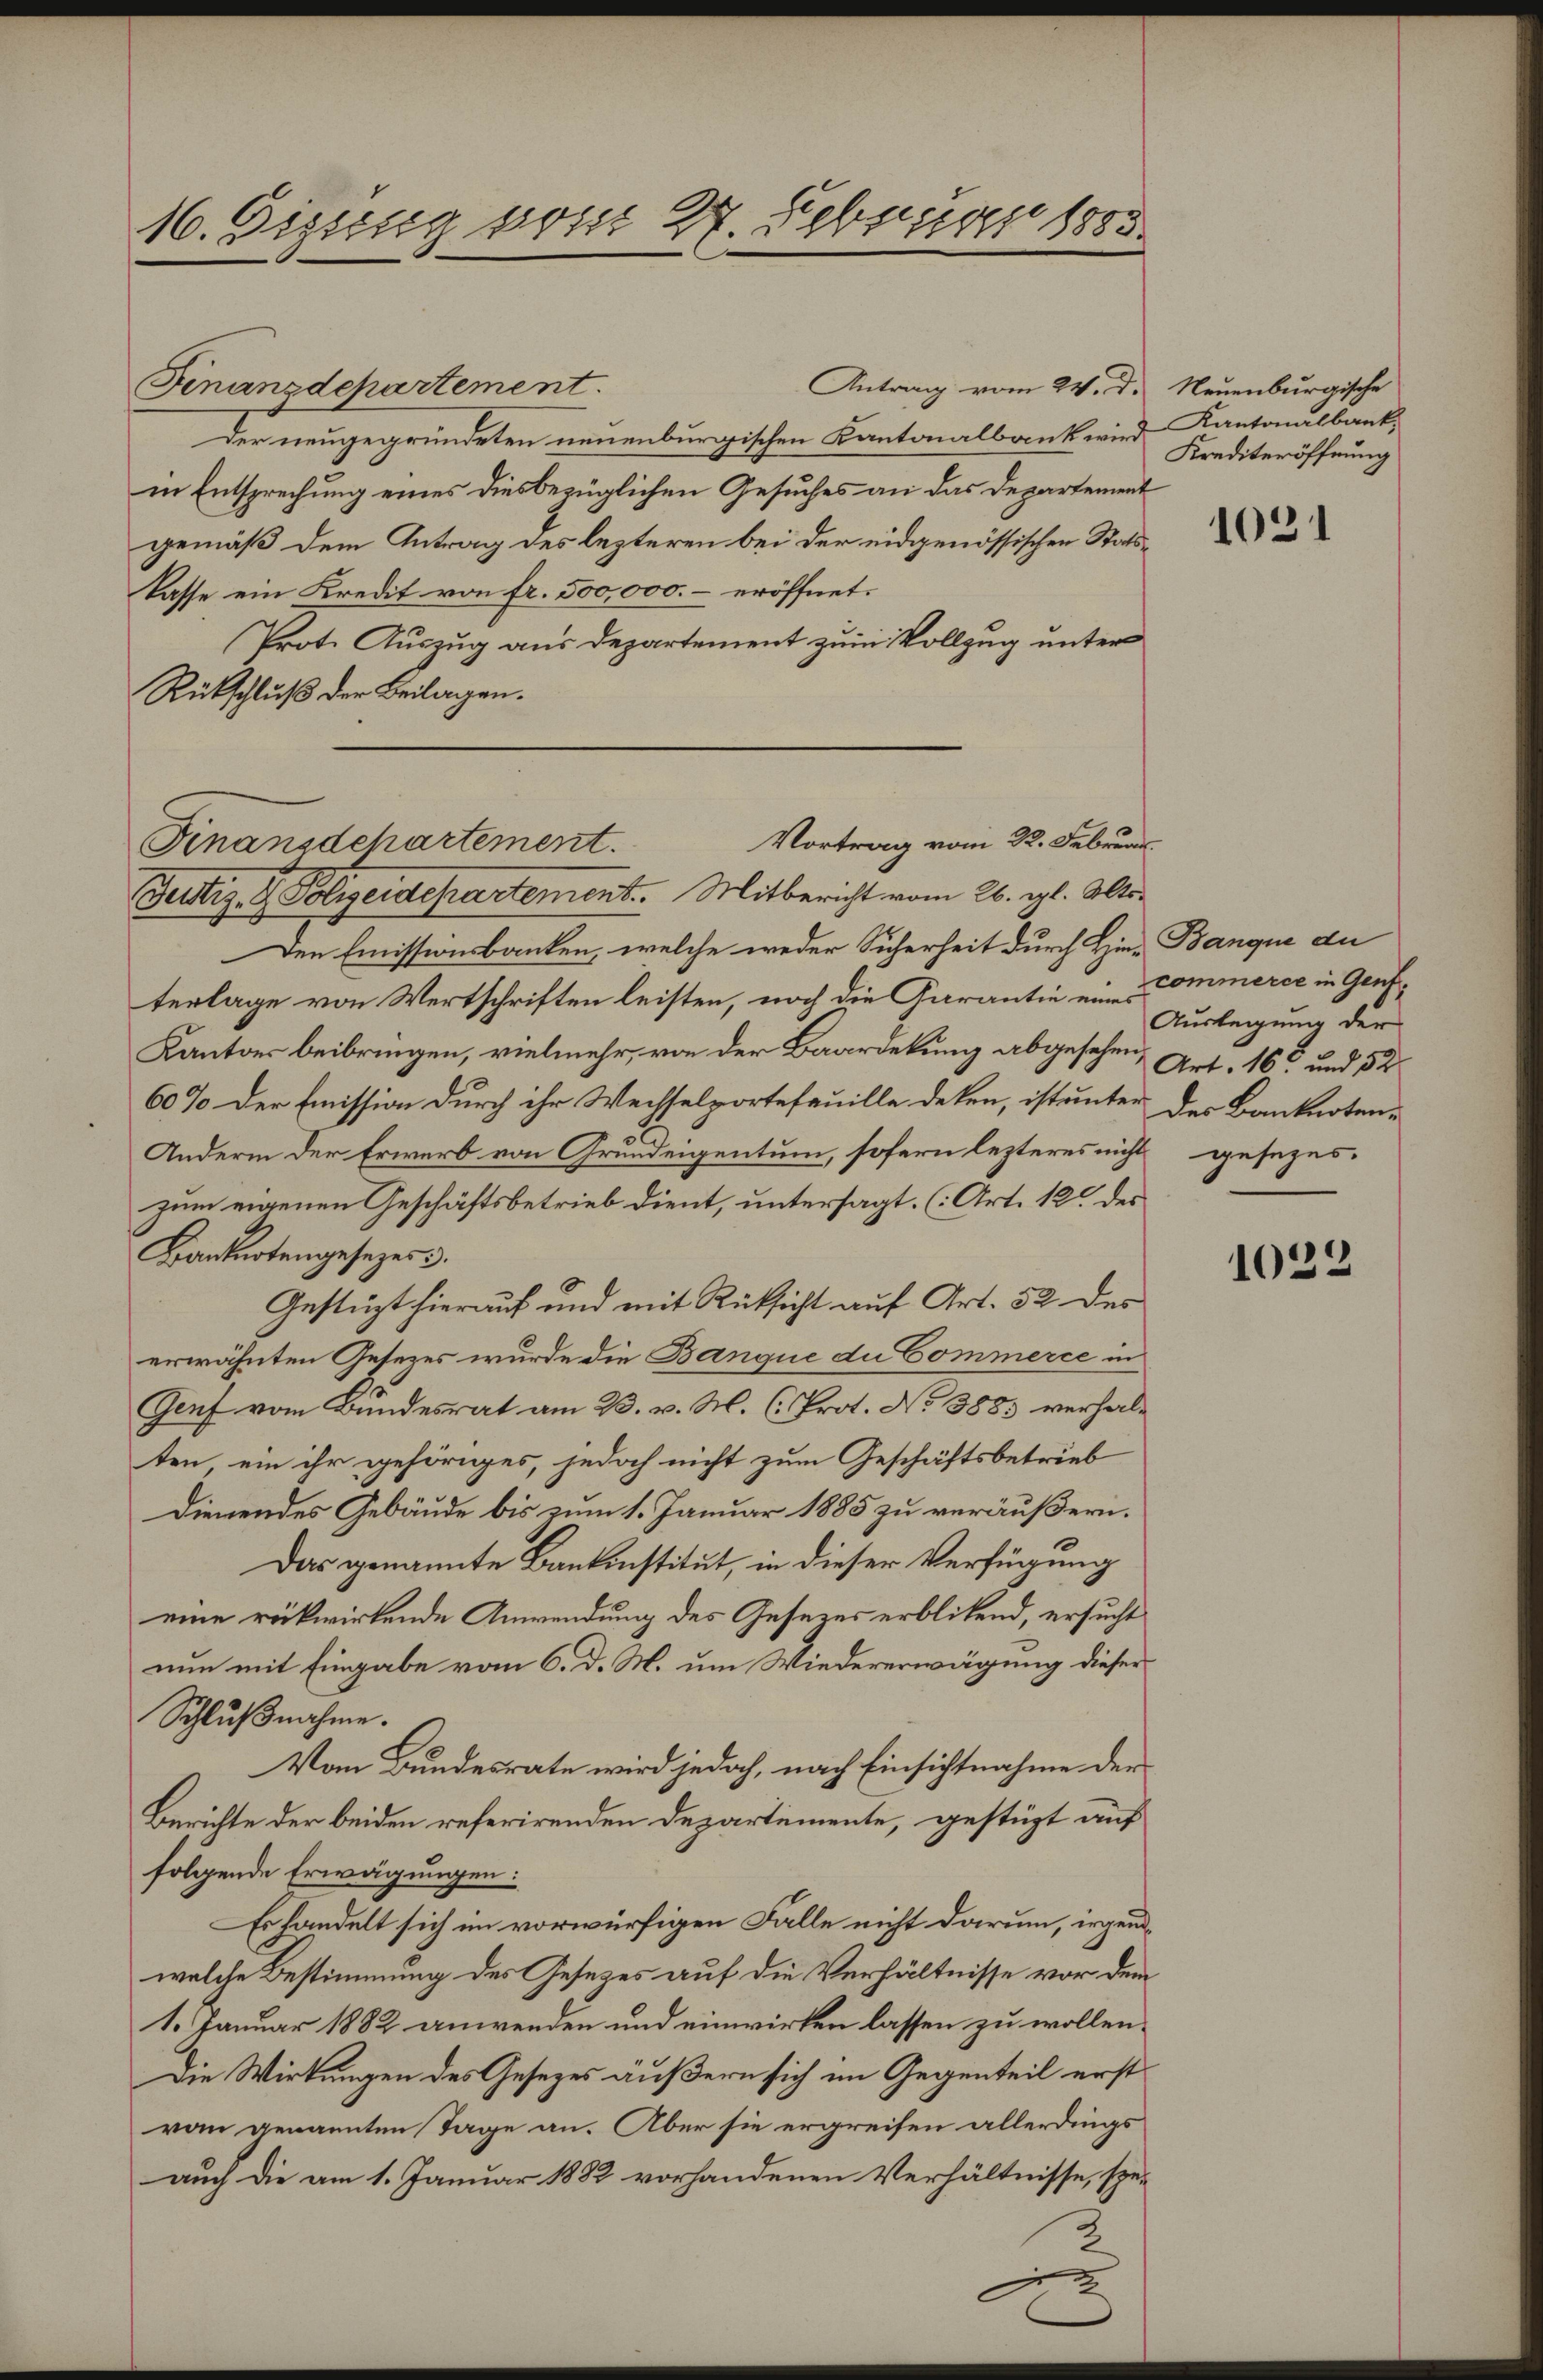
16. Digung vom 27. Februar 1883.

Antrag vom 24. D.
Finanzdepartement.
Der neugegründeten neuenburgischen Kantonalbank wird Kantonalbank-
in Entsprechung eines diesbezüglichen Gesuches an das Departement
gemäß dem Antrag des lezteren bei der eidgenössischen Statslasse ein Kredit von fr. 500,000.- eröffnet.
Prot. Auszug aus Departement zum Vollzug unter
Rückschluß der Beilagen.
Justiz- & Polizeidepartement. Mitbericht vom 26. gl. Alto¬
Den Emissionsbanken, welche weder Sicherheit durch Hin-Banque du
terlage von Wertschriften leisten, noch die Garantie eine Commerce in Genf¬
Kantons beibringen, vielmehr, von der Baardekung abgesehen, Art. 16 und 52
60% der Emission durch ihr Wechselportefeuille deken, ist unter der Banknoten¬
Anderm der Erwerb von Grundeigentum, sofern lezteres nicht gesezes-
zum eigenen Geschäftsbetrieb dient, untersagt. (Art. 12 des
Banknotengesezes 3.
Gestüzt hierauf und mit Rücksicht auf Art. 52 des
erwähnten Gesezes wurde die Banque du Commerce in
Genf vom Bundesrat am 23. v. M. C. Prot. No 3883 verhalten, ein ihr gehöriges, jedoch nicht zum Geschäftsbetrieb
dienendes Gebäude bis zum 1. Januar 1885 zu veräußern.
Das genannte Bankinstitut, in dieser Verfügung
eine rückwirkende Anwendung des Gesezes erblickend, ersucht
nun mit Eingabe vom 6. d. M. um Wiedererwägung dieser
Schlußnahme.
Vom Bundesrate wird jedoch, nach Einsichtnahme der
Berichte der beiden referirenden Departemente, gestüzt auf
folgende Erwägungen:
Es handelt sich im vorwürfigen Falle nicht darum, irgendwelche Bestimmung des Gesetzes auf die Verhältnisse vor dem
1. Januar 1882 anwenden und einwirken lassen zu wollen.
Die Wirkungen des Gesetzes äußern sich im Gegenteil erstran genannten Tage an. Aber sie ergreifen allerdings
auch die am 1. Januar 1882 vorhandenen Verhältnisse, spe¬

Vortrag vom 22. Februar.
Finanzdchartement.

Neuenburgische
Krediteröffnung

1021

Auslegung der

)
102.